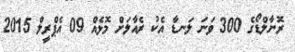
ރޮނާލްޑޯގެ 300 ވަނަ ލަނޑާ އެކު ރެއާލަށް މޮޅެއް 09 އެޕްރީލް 2015